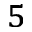
^ 5